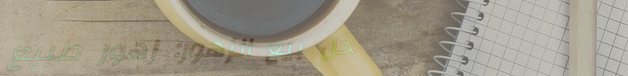
محل بيع الزهور: زهور طبيع